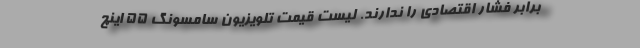
برابر فشار اقتصادی را ندارند. لیست قیمت تلویزیون سامسونگ 55 اینچ